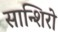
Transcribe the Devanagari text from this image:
सान्शिरो